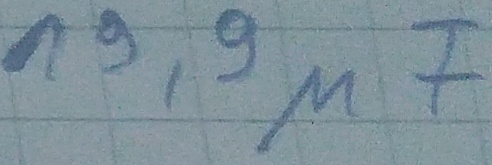
Text: 19,9µF